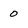
Character: 0